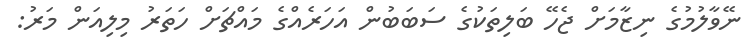
ނޭވާލުމުގެ ނިޒާމަށް ޖެހޭ ބަލިތަކުގެ ސަބަބުން އަހަރެއްގެ މައްޗަށް ހަތަރު މިލިއަން މަރު: